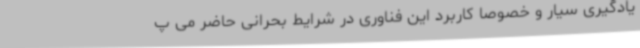
یادگیری سیار و خصوصاً کاربرد این فناوری در شرایط بحرانی حاضر می پ